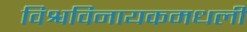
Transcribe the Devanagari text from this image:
विश्वविनायकमधली